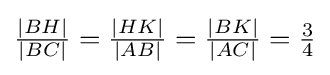
{\tfrac {|BH|}{|BC|}}={\tfrac {|HK|}{|AB|}}={\tfrac {|BK|}{|AC|}}={\tfrac {3}{4}}